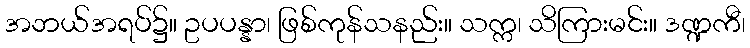
အဘယ်အရပ်၌။ ဥပပန္နာ၊ ဖြစ်ကုန်သနည်း။ သက္က၊ သိကြားမင်း။ ဒဏ္ဍကီ၊